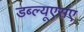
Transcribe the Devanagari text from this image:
डब्ल्यूएसए